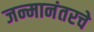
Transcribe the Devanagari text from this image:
जन्मानंतरचे